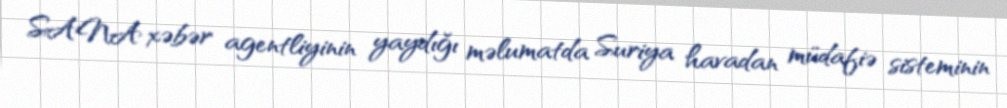
SANA xəbər agentliyinin yaydığı məlumatda Suriya havadan müdafiə sisteminin